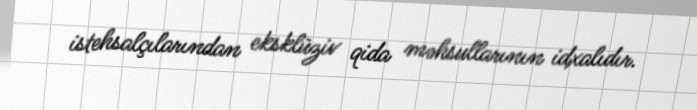
istehsalçılarından eksklüziv qida məhsullarının idxalıdır.